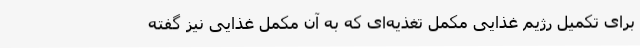
برای تکمیل رژیم غذایی مکمل‌ تغذیه‌ای که به آن مکمل غذایی نیز گفته